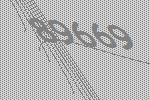
89669